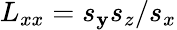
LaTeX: L_{xx}=s_{\mathbf{y}}s_{z}/s_{x}